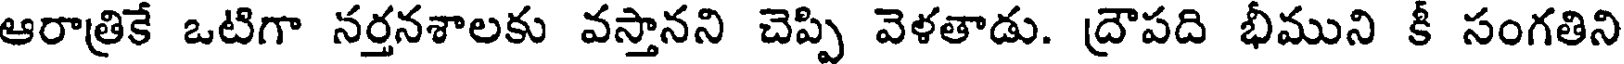
ఆరాత్రికే ఒటిగా నర్తనశాలకు వస్తానని చెప్పి వెళతాడు. ద్రౌపది భీముని కీ సంగతిని